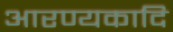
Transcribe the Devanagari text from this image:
आरण्यकादि